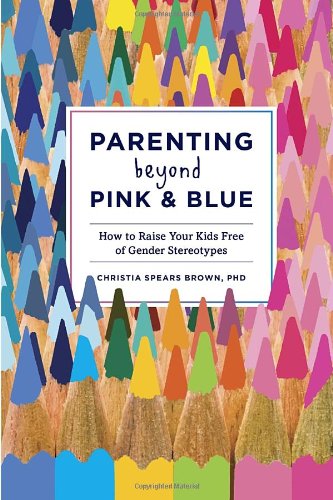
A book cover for Parenting Beyond Pink & Blue: How to Raise Your Kids Free of Gender Stereotypes; Christia Spears Brown; Parenting & Relationships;